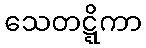
သေတဋ္ဋိကာ